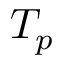
T _ { p }